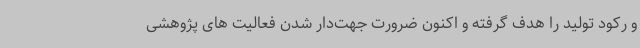
و رکود تولید را هدف گرفته و اکنون ضرورت جهت‌دار شدن فعالیت های پژوهشی